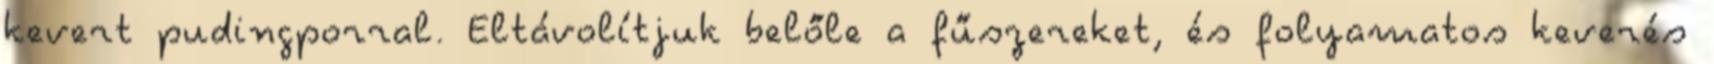
kevert pudingporral. Eltávolítjuk belőle a fűszereket, és folyamatos keverés